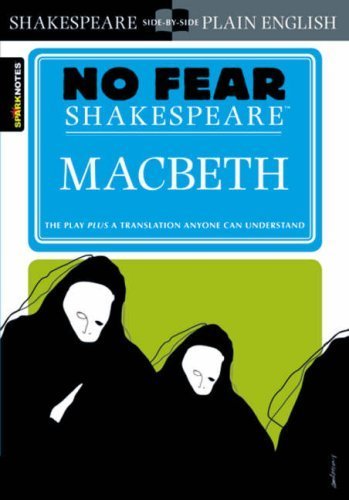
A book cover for Macbeth (No Fear Shakespeare) 2003 Edition by Shakespeare, William published by SparkNotes (2003) Paperback; William Shakespeare; Comics & Graphic Novels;